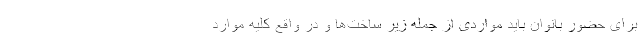
برای حضور بانوان باید مواردی از جمله زیر ساخت‌ها و در واقع کلیه موارد